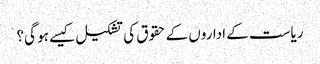
ریاست کے اداروں کے حقوق کی تشکیل کیسے ہو گی؟